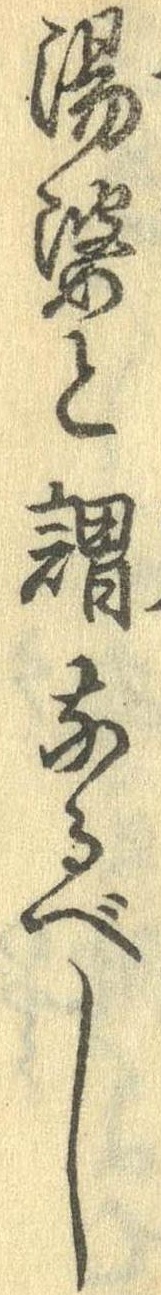
湯婆と謂なるべし